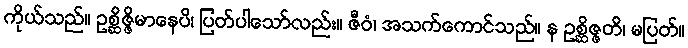
ကိုယ်သည်။ ဥစ္ဆိဇ္ဇိမာနေပိ၊ ပြတ်ပါသော်လည်း။ ဇီဝံ၊ အသက်ကောင်သည်။ န ဥစ္ဆိဇ္ဇတိ၊ မပြတ်။